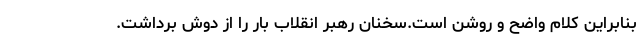
بنابراین کلام واضح و روشن است.سخنان رهبر انقلاب بار را از دوش برداشت.